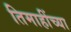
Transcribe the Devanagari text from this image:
तिमाहींच्या